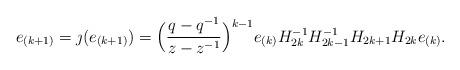
LaTeX: \begin{align*}e_{(k+1)}=\jmath(e_{(k+1)})=\Big(\frac{q-q^{-1}}{z-z^{-1}}\Big)^{k-1}e_{(k)}H_{2k}^{-1}H_{2k-1}^{-1}H_{2k+1}H_{2k}e_{(k)}.\end{align*}